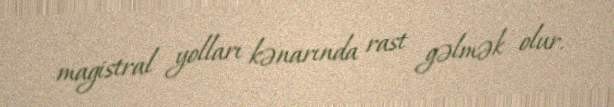
magistral yolları kənarında rast gəlmək olur.